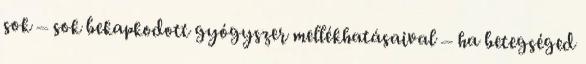
sok – sok bekapkodott gyógyszer mellékhatásaival – ha betegséged